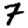
Digit: 7